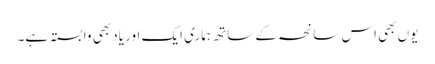
یوں بھی اس سانحہ کے ساتھ ہماری ایک اور یاد بھی وابستہ ہے۔